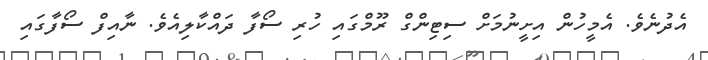
އެދުނެވެ. އެމީހުން އިށީނުމަށް ސިޓިންގް ރޫމްގައި ހުރި ސޯފާ ދައްކާލިއެވެ. ނާއިފް ސޯފާގައި